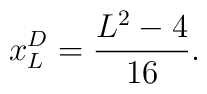
x^D_L = \frac{L^2-4}{16}.